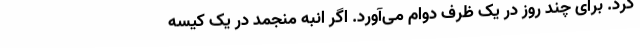
کرد. برای چند روز در یک ظرف دوام می‌آورد. اگر انبه منجمد در یک کیسه